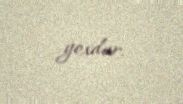
yoxdur.